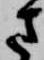
さ